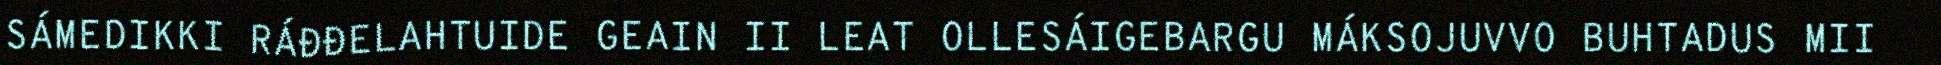
SÁMEDIKKI RÁĐĐELAHTUIDE GEAIN II LEAT OLLESÁIGEBARGU MÁKSOJUVVO BUHTADUS MII